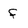
Character: f